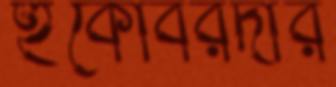
হুঁকোবরদার